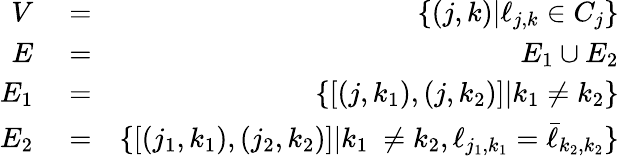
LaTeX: \begin{array}{rlr}{V}&{{}=}&{\left\{ (j,k)|\ell_{j,k}\in C_{j}\right\} }\\ {E}&{{}=}&{E_{1}\cup E_{2}}\\ {E_{1}}&{{}=}&{\left\{ [(j,k_{1}),(j,k_{2})]|k_{1}\neq k_{2}\right\} }\\ {E_{2}}&{{}=}&{\{ [(j_{1},k_{1}),(j_{2},k_{2})]|k_{1}\ \neq k_{2},\ell_{j_{1},k_{1}}=\bar{\ell}_{k_{2},k_{2}}\} }\end{array}